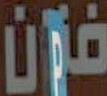
فان